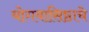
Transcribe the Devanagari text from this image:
योगवासिष्ठाचे